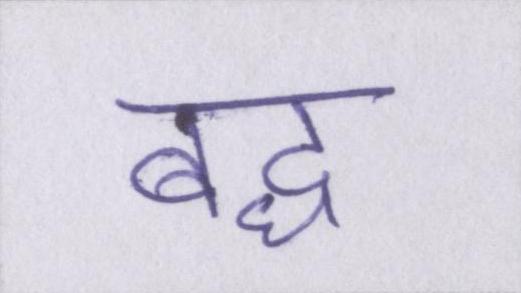
बद्ध